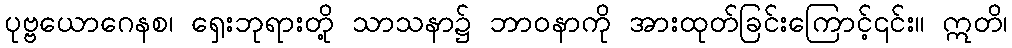
ပုဗ္ဗယောဂေနစ၊ ရှေးဘုရားတို့ သာသနာ၌ ဘာဝနာကို အားထုတ်ခြင်းကြောင့်၎င်း။ ဣတိ၊